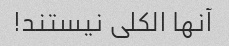
آنها الکلی نیستند!